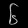
Digit: ၆